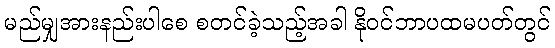
မည်မျှအားနည်းပါစေ စတင်ခဲ့သည့်အခါ နိုဝင်ဘာပထမပတ်တွင်